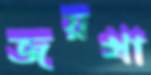
জয়খা